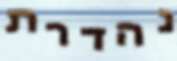
נהדרת